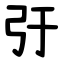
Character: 弙